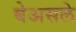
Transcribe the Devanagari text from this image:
बेअसले